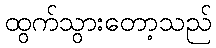
ထွက်သွားတော့သည်